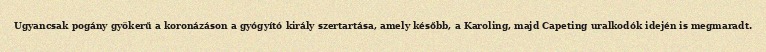
Ugyancsak pogány gyökerű a koronázáson a gyógyító király szertartása, amely később, a Karoling, majd Capeting uralkodók idején is megmaradt.